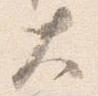
大